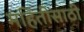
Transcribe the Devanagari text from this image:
महितीसाठी